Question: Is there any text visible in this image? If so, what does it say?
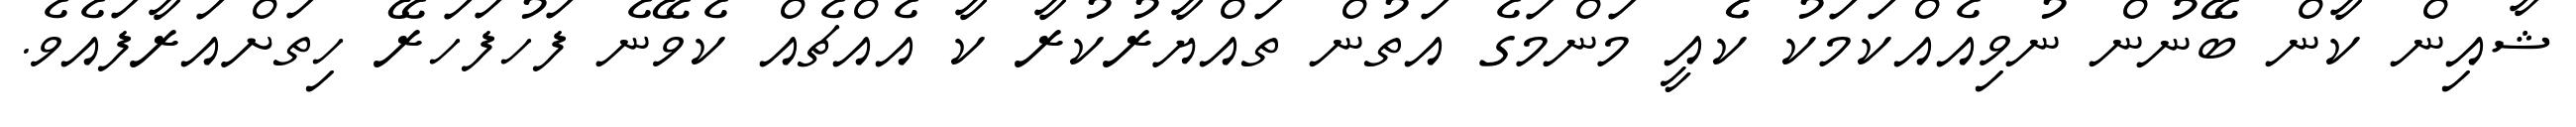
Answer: ޝާއިން ކާން ބޭނުން ނުވިއެއްކަމަކު ކެެއީ މަންމަގެ އަތުން ތައްޔާރުކުރާ ކާ އެއްޗެއް ކެވޭނެ ފަހުފަހަރޭ ހިތަށްއަރާފައެވެ.